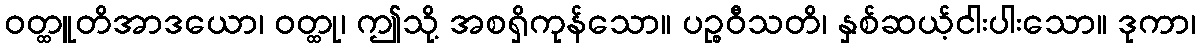
ဝတ္ထူတိအာဒယော၊ ဝတ္ထု၊ ဤသို့ အစရှိကုန်သော။ ပဉ္စဝီသတိ၊ နှစ်ဆယ့်ငါးပါးသော။ ဒုကာ၊